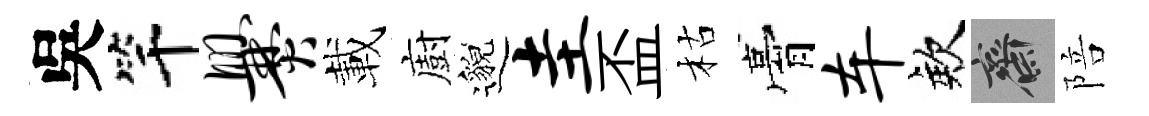
吳竿爨載廚邈圭盃枯膏车欸齋陪